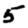
Digit: 5